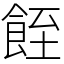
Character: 䬹